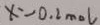
x = - 0 . 2 m o l